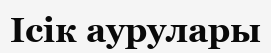
Ісік аурулары